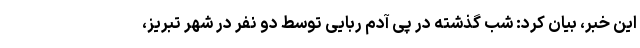
این خبر، بیان کرد: شب گذشته در پی آدم ربایی توسط دو نفر در شهر تبریز،